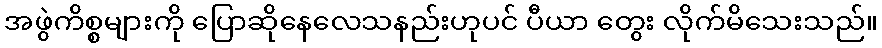
အဖွဲကိစ္စများကို ပြောဆိုနေလေသနည်းဟုပင် ပီယာ တွေး လိုက်မိသေးသည်။